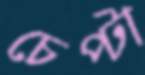
চেপ্‌টা